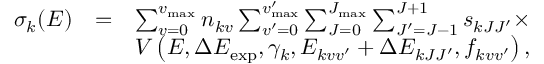
\begin{array} { r l r } { \sigma _ { k } ( E ) } & { = } & { \sum _ { v = 0 } ^ { v _ { \mathrm { m a x } } } n _ { k v } \sum _ { v ^ { \prime } = 0 } ^ { v _ { \mathrm { m a x } } ^ { \prime } } \sum _ { J = 0 } ^ { J _ { \mathrm { m a x } } } \sum _ { J ^ { \prime } = J - 1 } ^ { J + 1 } s _ { k J J ^ { \prime } } \times } \\ & { } & { V \left( E , \Delta E _ { \mathrm { e x p } } , \gamma _ { k } , E _ { k v v ^ { \prime } } + \Delta E _ { k J J ^ { \prime } } , f _ { k v v ^ { \prime } } \right) , } \end{array}